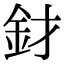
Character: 釮